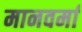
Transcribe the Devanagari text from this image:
मानवर्मा